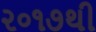
૨૦૧૭થી